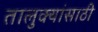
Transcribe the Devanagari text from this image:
तालुक्यांसाठी